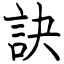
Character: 訣